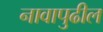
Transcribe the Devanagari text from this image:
नावापुढील